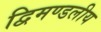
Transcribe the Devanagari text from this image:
द्विमण्डलीय